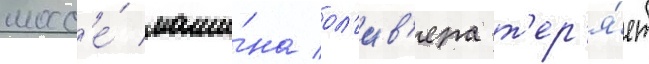
шосс'е́ маши́на ол'ив'ера т'ер'я́ет